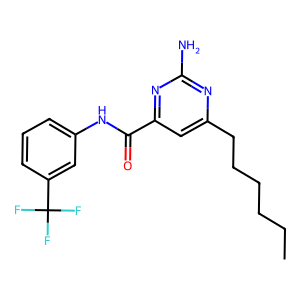
SMILES: CCCCCCc1cc(C(=O)Nc2cccc(C(F)(F)F)c2)nc(N)n1
Inhibits HIV replication: No